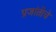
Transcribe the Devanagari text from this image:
प्रजांतीचे